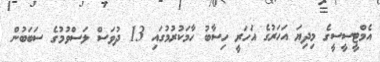
އެމްޓީސީސީގެ މިިދިޔަ އަހަރުގެ އަހަރީ ހިސާބު ހާމަކުރުމުގައި 13 ދުވަސް ލަސްވުމުގެ ސަބަބުން